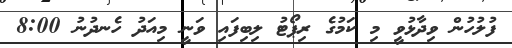
ފުލުހުން ވިދާޅުވީ މި ކަމުގެ ރިޕޯޓު ލިބިފައި ވަނީ މިއަދު ހެނދުނު 8:00